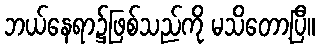
ဘယ်နေရာ၌ဖြစ်သည်ကို မသိတော့ပြီ။